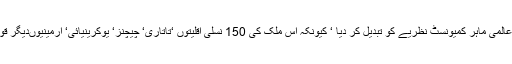
پیوٹن کے زیر نگرانی‘ روسی قوم پرستی نے سوویت یونین کے عالمی ماہر کمیونسٹ نظریے کو تبدیل کر دیا ‘ کیونکہ اس ملک کی 150 نسلی اقلیتوں ‘تاتاری‘ چیچنز‘ یوکرینیائی‘ آرمینیوںدیگر قوم پرست اور اس کا نسلی روسیوں میں بھی شامل ہونا لازمی ہے۔